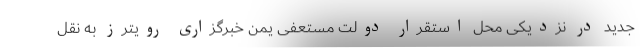
جدید در نزدیکی محل استقرار دولت مستعفی یمن خبرگزاری رویترز به نقل